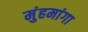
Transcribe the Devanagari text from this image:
मुंहमांगा